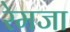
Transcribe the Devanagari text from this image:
रेमजा